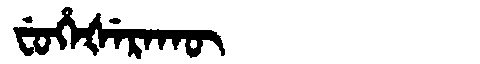
Manchu: ᠸᡠᡥᡝᡧᡝᡵᠠᡴᡡ
Romanization: FUHEŠERAKŪ